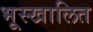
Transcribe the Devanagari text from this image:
भूस्खालित